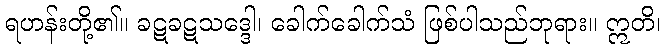
ရဟန်းတို့၏။ ခဋခဋသဒ္ဒေါ၊ ခေါက်ခေါက်သံ ဖြစ်ပါသည်ဘုရား။ ဣတိ၊